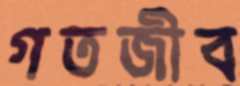
গতজীব